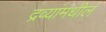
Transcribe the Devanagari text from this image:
द्रव्यांमधील